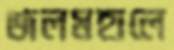
জলমহালে